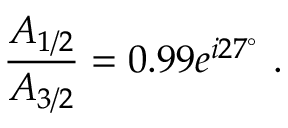
\frac { A _ { 1 / 2 } } { A _ { 3 / 2 } } = 0 . 9 9 e ^ { i 2 7 ^ { \circ } } ~ .